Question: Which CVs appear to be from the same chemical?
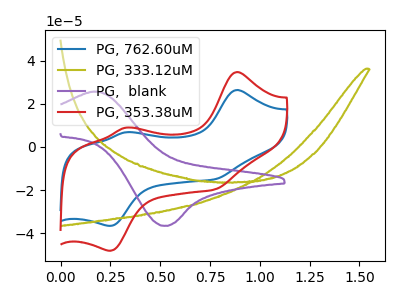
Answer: <think>The blue curve "PG, 762.60uM" has anodic peaks at (0.90V, 26.35uA) (0.35V, 6.80uA) and cathodic peaks at (0.75V, -15.05uA) (0.25V, -36.60uA). The olive curve "PG, 333.12uM" has no peaks. The purple curve "PG,  blank" has an anodic peak at (0.20V, 25.65uA) and a cathodic peak at (0.50V, -36.60uA). The red curve "PG, 353.38uM" has anodic peaks at (0.90V, 34.65uA) (0.35V, 8.95uA) and cathodic peaks at (0.75V, -19.80uA) (0.25V, -48.15uA).
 "PG, 762.60uM" and "PG, 333.12uM" have a different number of peaks. "PG, 762.60uM" and "PG,  blank" have a different number of peaks. All the peaks in "PG, 762.60uM" have a peak in "PG, 353.38uM" at the same potential. Every peak in "PG, 762.60uM" is lower than every peak in "PG, 353.38uM". "PG, 333.12uM" and "PG,  blank" have a different number of peaks. "PG, 333.12uM" and "PG, 353.38uM" have a different number of peaks. "PG,  blank" and "PG, 353.38uM" have a different number of peaks.</think>
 <answer>"PG, 762.60uM" and "PG, 353.38uM" have the same shape and are likely CV's of the same chemical.</answer>
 <eval>"PG, 762.60uM" "PG, 353.38uM"</eval>